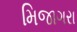
મિજાગરા